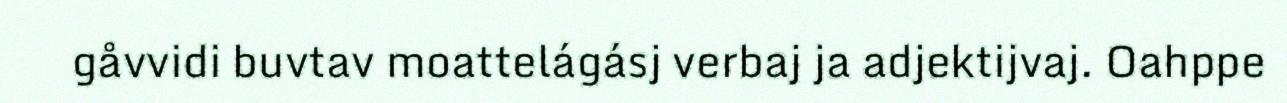
gåvvidi buvtav moattelágásj verbaj ja adjektijvaj. Oahppe